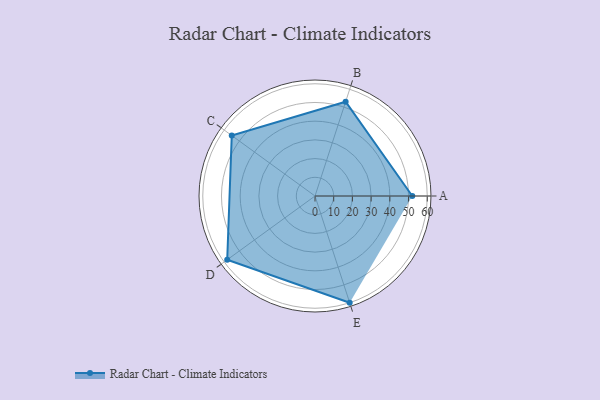
{"axis": {"x": "Skill", "y": "Score"}, "legend": ["Profile"], "data": [{"x": "A", "y": 52.0, "type": "Profile"}, {"x": "B", "y": 53.0, "type": "Profile"}, {"x": "C", "y": 55.0, "type": "Profile"}, {"x": "D", "y": 58.0, "type": "Profile"}, {"x": "E", "y": 60.0, "type": "Profile"}]}